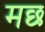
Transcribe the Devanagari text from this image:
मछ